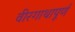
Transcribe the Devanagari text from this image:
वीरगाथापूर्ण